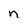
Character: n